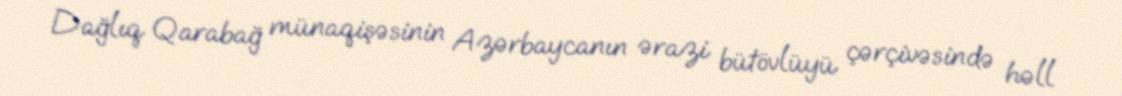
Dağlıq Qarabağ münaqişəsinin Azərbaycanın ərazi bütövlüyü çərçivəsində həll